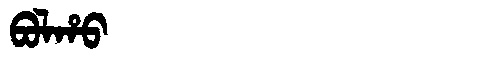
Manchu: ᠪᠣᠯᡥᠣ
Romanization: BOLHO